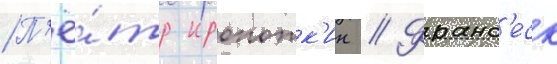
П'ё́тр кропотк'ин // Франс'еск